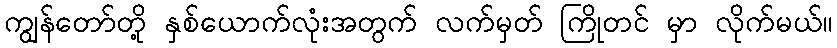
ကျွန်တော်တို့ နှစ်ယောက်လုံးအတွက် လက်မှတ် ကြိုတင် မှာ လိုက်မယ်။